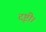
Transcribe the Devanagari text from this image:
दृष्टी।